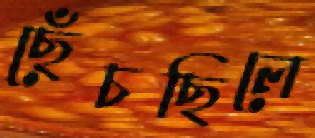
ছেঁচছিলে